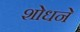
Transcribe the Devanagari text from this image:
शोधने